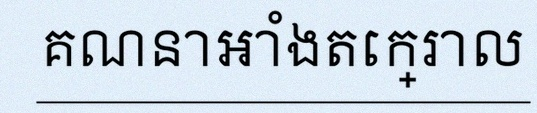
គណនាអាំងតេក្រាល